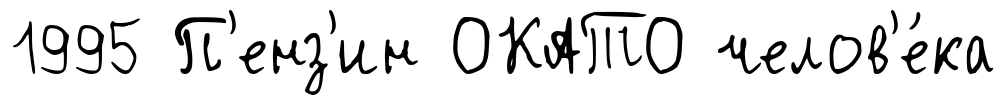
1995 П'енз'ин ОКАТО челов'е́ка